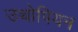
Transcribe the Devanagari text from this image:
उथोपियन